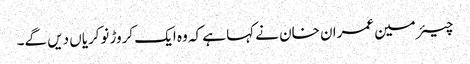
چیئرمین عمران خان نے کہا ہے کہ وہ ایک کروڑ نوکریاں دیں گے۔